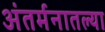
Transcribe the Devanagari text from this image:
अंतर्मनातल्या